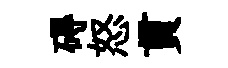
碍怒貫